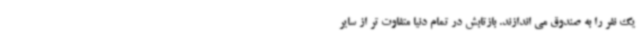
یک نفر را به صندوق می اندازند. بازتابش در تمام دنیا متفاوت تر از سایر